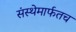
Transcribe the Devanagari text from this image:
संस्थेमार्फतच